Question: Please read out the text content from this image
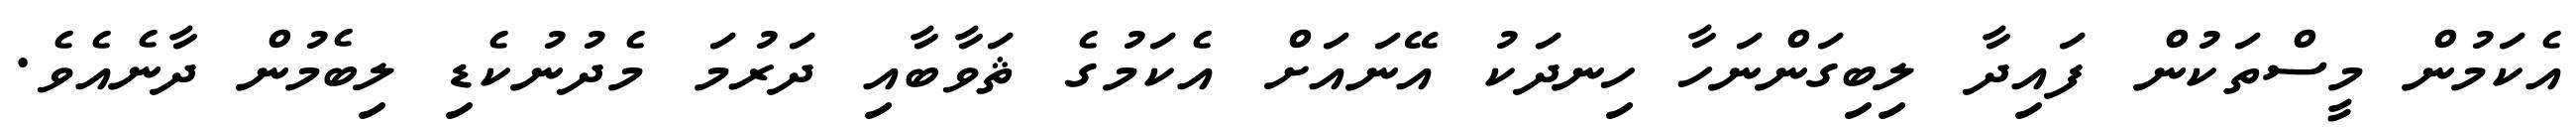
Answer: އެކަމުން މީސްތަކުން ފައިދާ ލިބިގަންނަހާ ހިނދަކު އޭނައަށް އެކަމުގެ ޘަވާބާއި ދަރުމަ މެދުނުކެޑި ލިބެމުން ދާނެއެވެ.